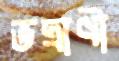
ভদ্রাণী